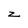
Character: Z